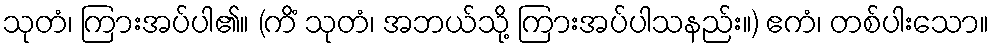
သုတံ၊ ကြားအပ်ပါ၏။ (ကိံ သုတံ၊ အဘယ်သို့ ကြားအပ်ပါသနည်း။) ဧကံ၊ တစ်ပါးသော။